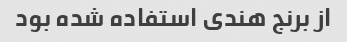
از برنج هندی استفاده شده بود